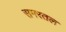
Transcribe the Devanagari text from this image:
सगरतल